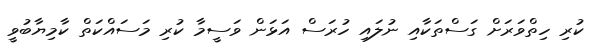
ކުރި ހިތްވަރަށް ގަސްތަކާއި ނުލައި ހުރަސް އަޅަން ވަސީމާ ކުރި މަސައްކަތް ކާމިޔާބުވީ